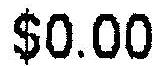
$0.00